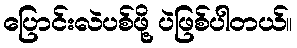
ပြောင်းလဲပစ်ဖို့ ပဲဖြစ်ပါတယ်။